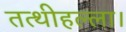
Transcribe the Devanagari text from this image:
तत्थीहल्ला।